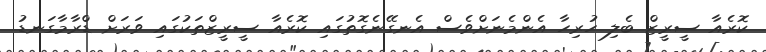
ކޮރެއާ ސީރީޒް ބެލި ހުރިހާ އެންމެނަށްވެސް އެނގޭނެގޮތުގައި ކޮރެއާ ސީރީޒްތަކުގައި ވަރަށް ޑްރާމާގަނޑު